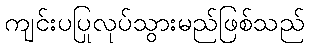
ကျင်းပပြုလုပ်သွားမည်ဖြစ်သည်